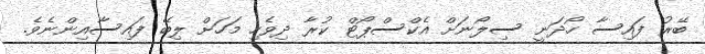
ބޭރު ފައިސާ ހޯދަނީ ސިލޯނަށް އެކްސްޕޯޓް ކުރާ ދިވެހި މަހަށް ލިބޭ ފައިސާއިންނެވެ.